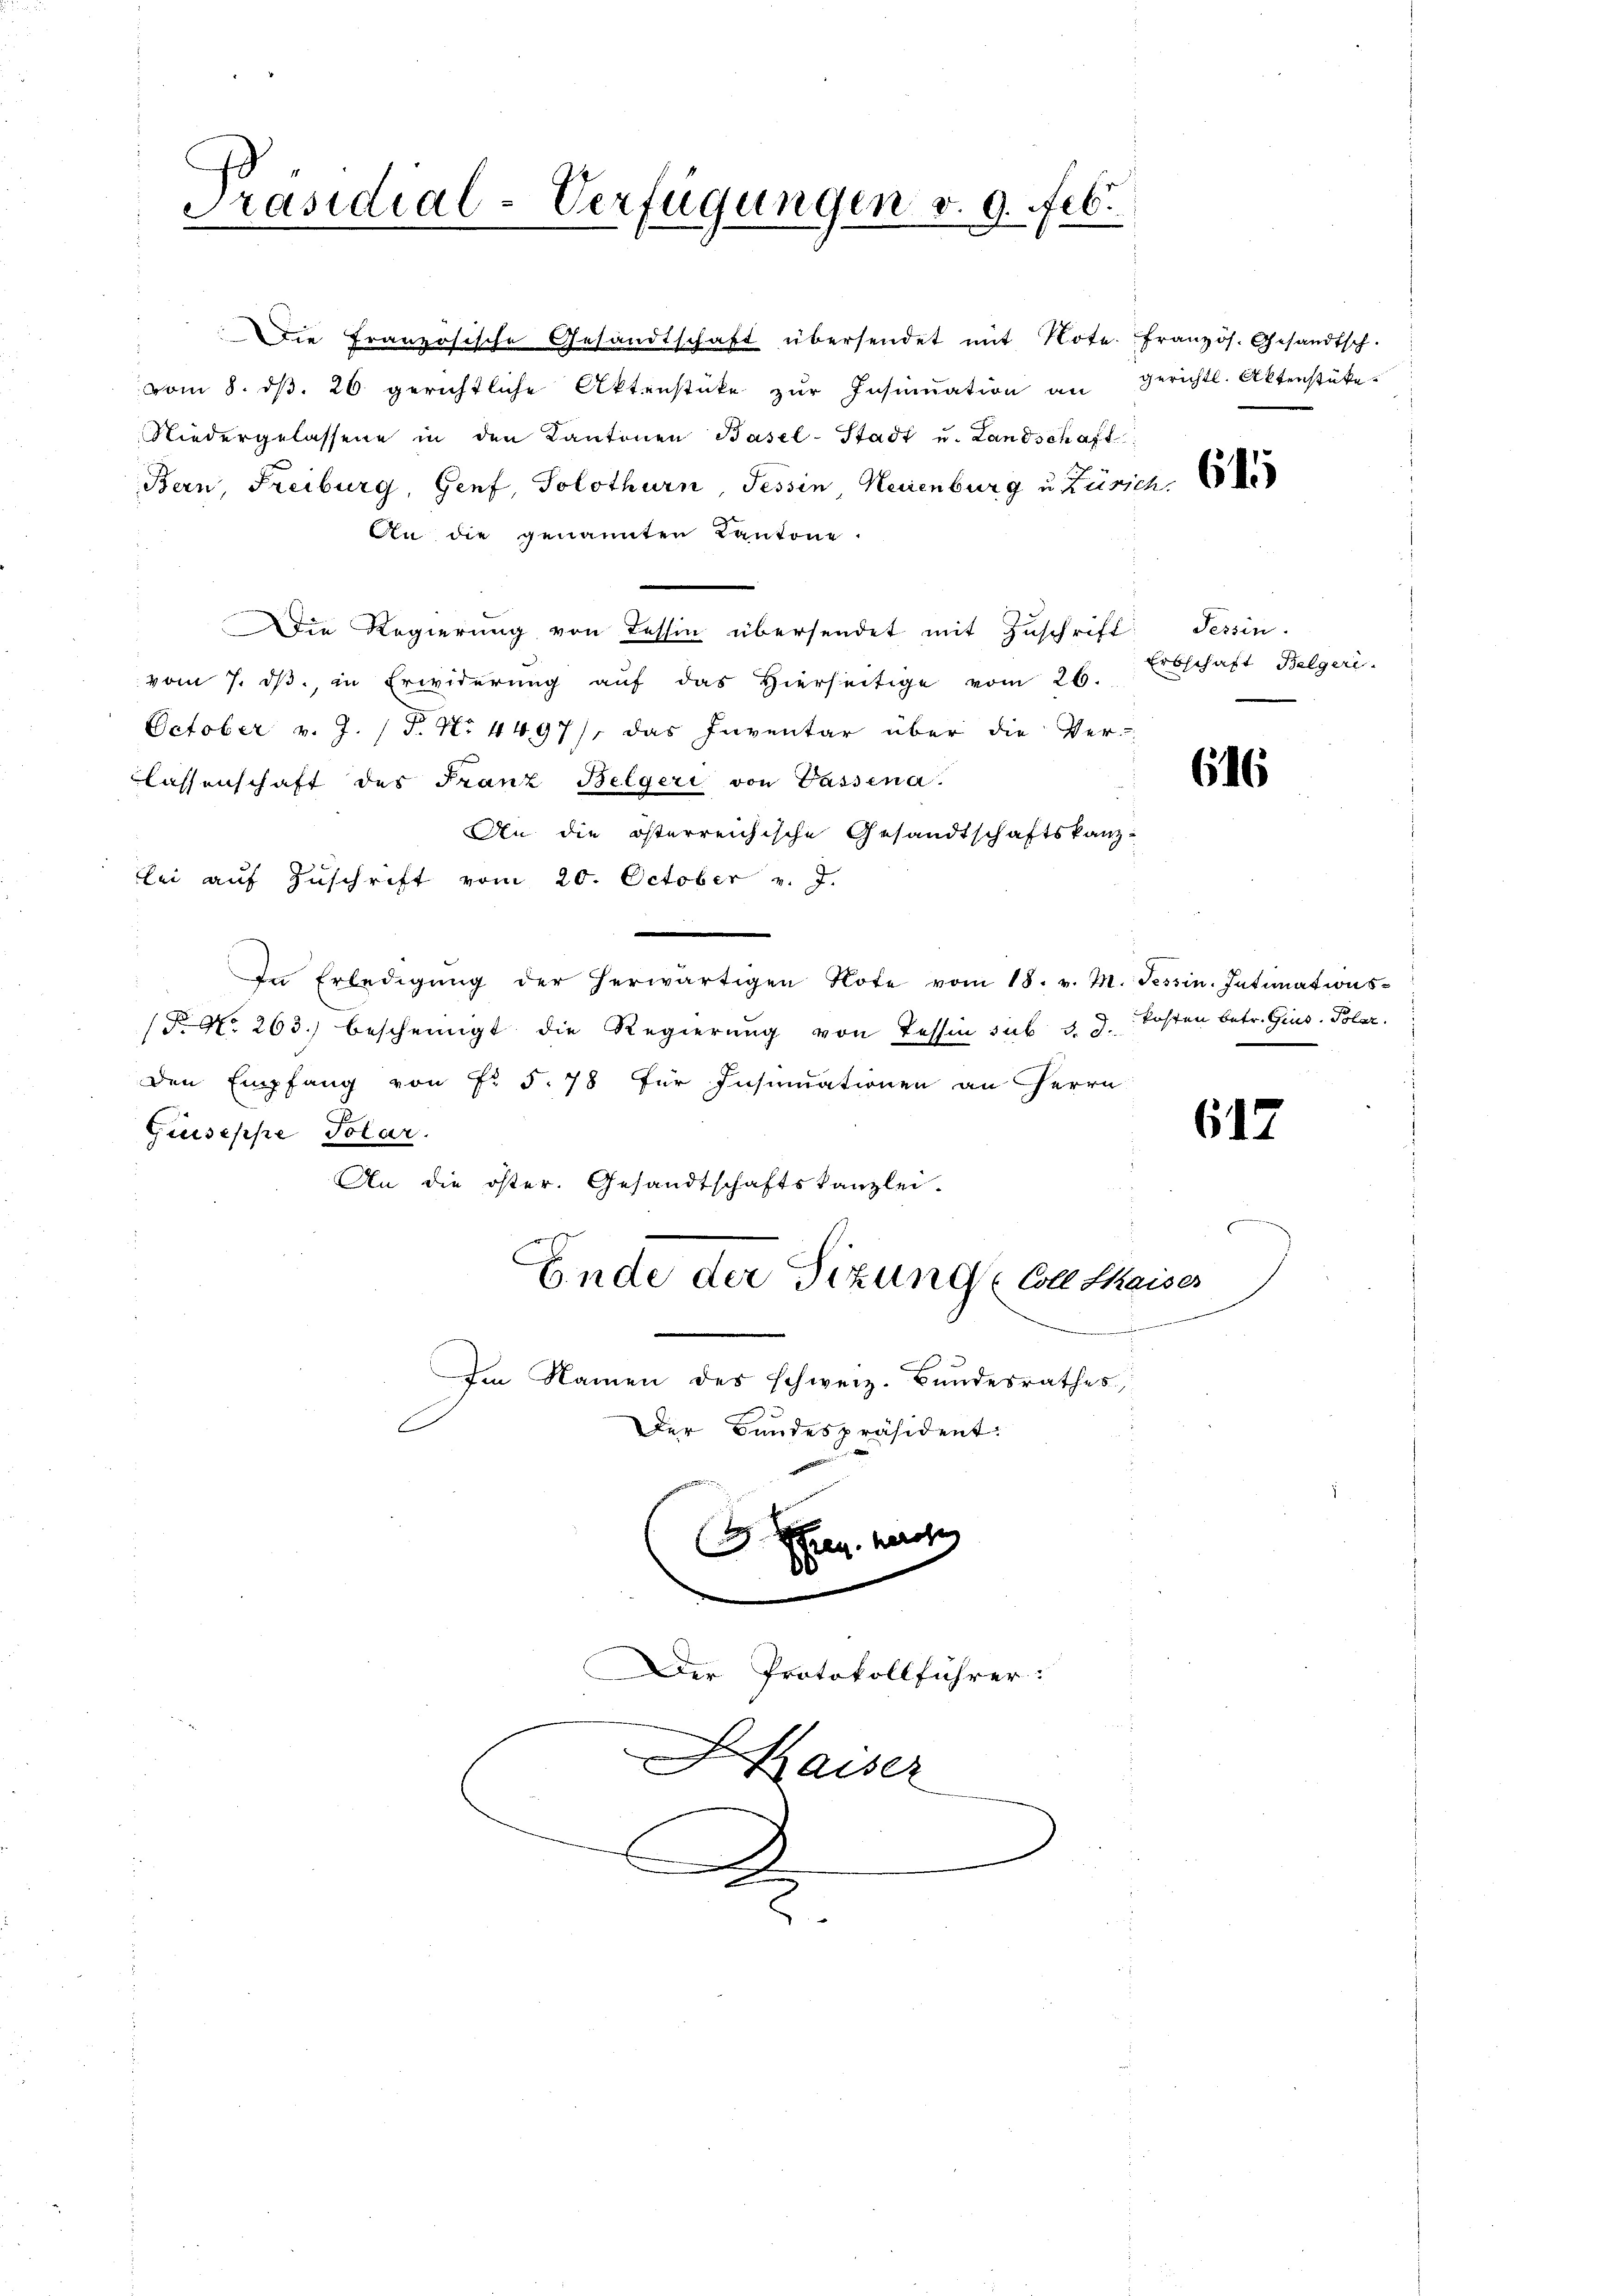
Präsidial-Verfügungen v. 9. Feb.

Die französische Gesandtschaft übersendet mit Note französ. Gesandtsch.
vom 8. dβ. 26. gerichtliche Aktenstüke zŭr Insinuation an gerichtl. Aktenstüke
Niedergelassene in den Kantonen Basel-Stadt u. Landschaft
Bern, Freiburg, Genf, Solothurn, Tessin, Neuenburg u Zürich.
An die genannten Kantone.
Die Regierung von Tessin übersendet mit Zuschrift Tessin.
vom 7. ds., in Erwiderung auf das Hierseitige vom 26.
October v. J. (T. No 4497/ das Inventar über die Ver-
lassenschaft des Franz Belgeri von Passina.
An die österreichische Gesandtschaftskanzlei aŭf Zŭschrift vom 20. October v. J.
.
In Erledigŭng der herwärtigen Note vom 18. v. M. Tessin. Intimations-
/F. No. 263. bescheinigt die Regierŭng von Tessin sub d. d.
Den Empfang von Fr. 5. 78 für Insinuationen an Herrn
Giuseppe Polar.
An die öster. Gesandtschaftskanzlei.
Ende der Sitzung Coll thaises
Im Namen des schweiz. Bundesrathes
Der Bandespräsident:
G. Frau. herste
.
.
Der Protokollführer:

Kaiser

C

615

Erbschaft Belgeri

616

kosten betr. Grus. Polar.

617